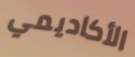
الأكاديمي